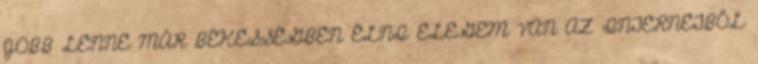
JOBB LENNE MÁR BÉKESSÉGBEN ÉLNI ELEGEM VAN AZ INTERNETBŐL